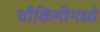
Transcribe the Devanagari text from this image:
चौकिमीमध्ये